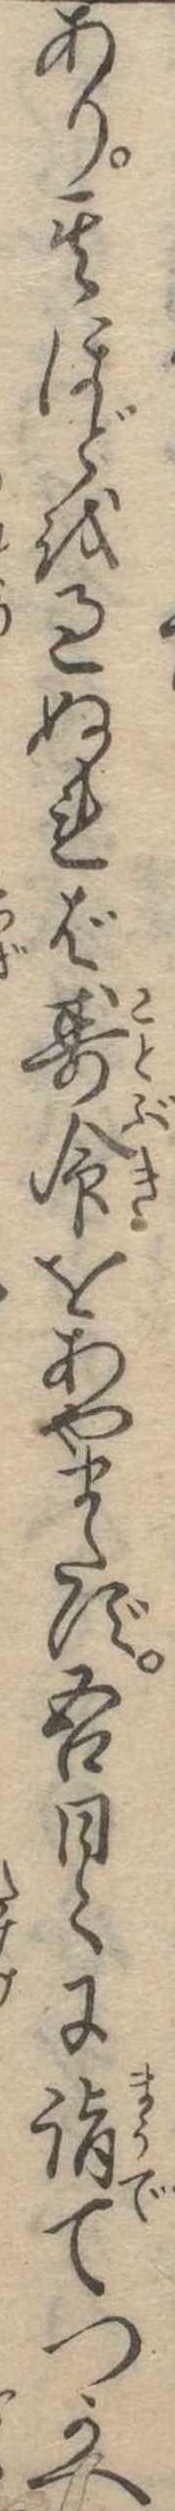
あり其ほどを過ぬれば寿命をあやまたず吾日に詣てつかへ